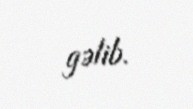
gəlib.